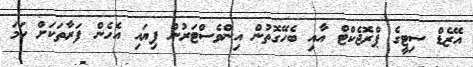
އޭޒެޑް ސިޓީގެ ޕްރޮޖެކްޓް އާއި ބެހޭގޮތުން އިންވެސްޓަރުން ފިޔަައި އެހެން ފަރާތަކަށް ހަމަ